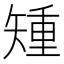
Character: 𥏱